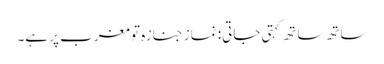
ساتھ ساتھ کہتی جاتی: نماز جنازہ تو مغرب پر ہے۔